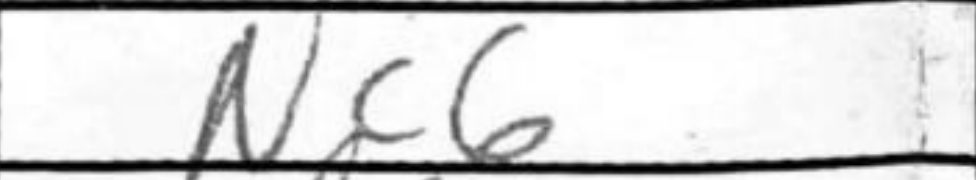
Transcription: Nc6